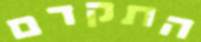
התקדם